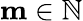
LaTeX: \mathbf{m}\in\mathbb{N}